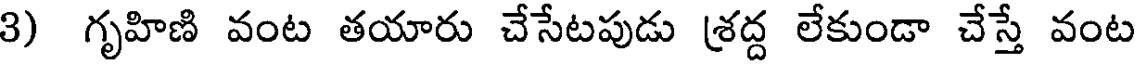
3) గృహిణి వంట తయారు చేసేటపుడు (శద్ద లేకుండా చేస్తే వంట